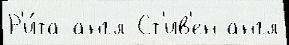
Р'и́та англ Ст'ив'ен англ